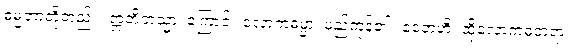
ဓမ္မတာတို့တည်း။ ဣတိတသ္မာ၊ ကြောင့်။ လောကဓမ္မာ၊ မည်ကုန်၏။ ဧတေဟိ၊ ထိုလောကဓံတရား